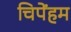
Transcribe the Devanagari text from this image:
चिपेंहम